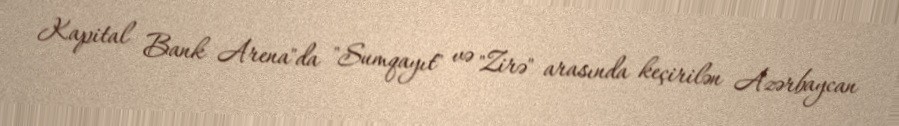
Kapital Bank Arena"da "Sumqayıt" və "Zirə" arasında keçirilən Azərbaycan